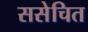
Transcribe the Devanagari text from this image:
ससेचित